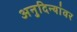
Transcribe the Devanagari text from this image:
अनुदिन्यांवर